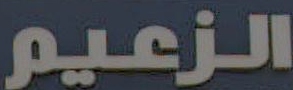
الزعيم